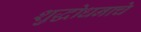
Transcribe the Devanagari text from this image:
शुद्धोधनाचे